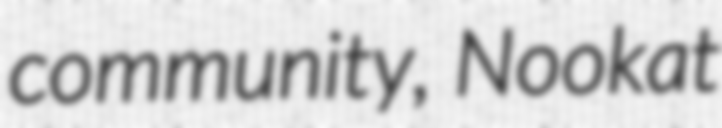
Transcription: community, Nookat